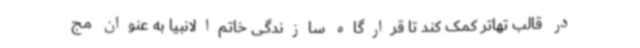
در قالب تهاتر کمک کند تا قرارگاه سازندگی خاتم‌الانبیا به عنوان مج